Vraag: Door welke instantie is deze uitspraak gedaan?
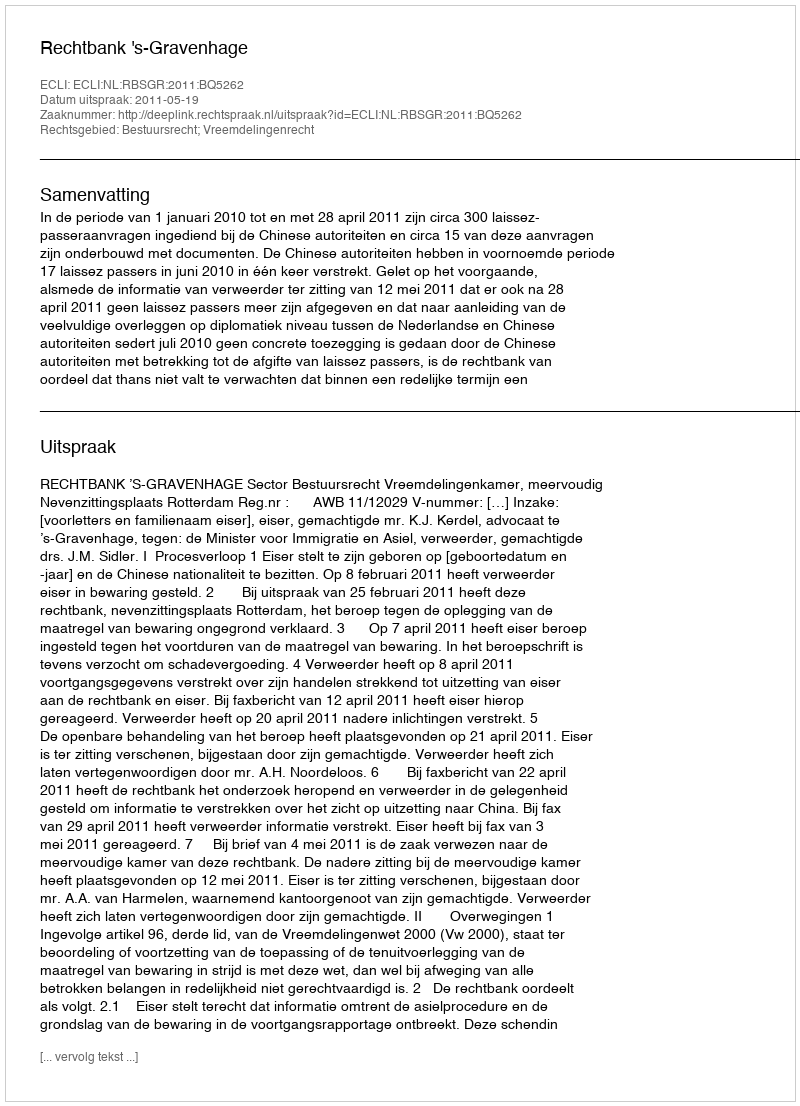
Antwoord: Rechtbank 's-Gravenhage